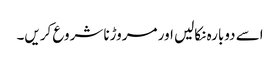
اسے دوبارہ نکالیں اور مروڑنا شروع کریں۔